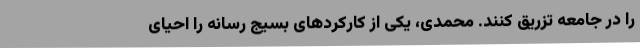
را در جامعه تزریق کنند. محمدی، یکی از کارکردهای بسیج رسانه را احیای